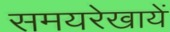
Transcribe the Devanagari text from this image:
समयरेखायें